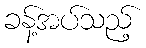
ခန့်အပ်သည့်